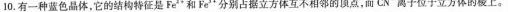
10.有一种蓝色晶体，它的结构特征是Fe^{2+}和Fe^{3+}分别占据立方体互不相邻的顶点，而CN^{-}离子位于立方体的棱上。